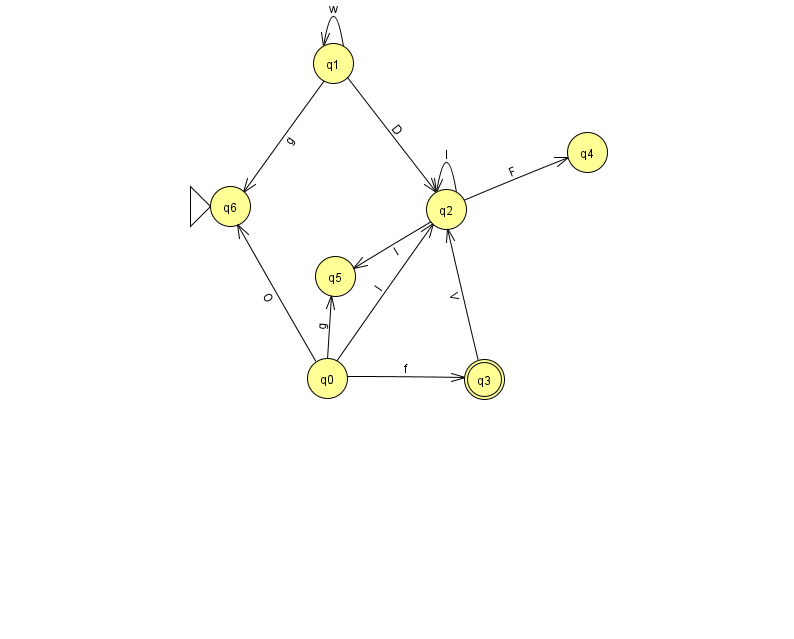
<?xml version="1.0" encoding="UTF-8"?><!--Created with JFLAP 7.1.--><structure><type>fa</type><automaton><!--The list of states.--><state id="0" name="q0"><x>327.0</x><y>365.0</y></state><state id="1" name="q1"><x>333.0</x><y>50.0</y></state><state id="2" name="q2"><x>446.0</x><y>196.0</y></state><state id="3" name="q3"><x>484.0</x><y>366.0</y><final/></state><state id="4" name="q4"><x>587.0</x><y>139.0</y></state><state id="5" name="q5"><x>335.0</x><y>263.0</y></state><state id="6" name="q6"><x>230.0</x><y>193.0</y><initial/></state><!--The list of transitions.--><transition><from>1</from><to>2</to><read>D</read></transition><transition><from>1</from><to>6</to><read>g</read></transition><transition><from>0</from><to>5</to><read>g</read></transition><transition><from>1</from><to>1</to><read>w</read></transition><transition><from>2</from><to>2</to><read>I</read></transition><transition><from>0</from><to>3</to><read>f</read></transition><transition><from>3</from><to>2</to><read>V</read></transition><transition><from>0</from><to>2</to><read>l</read></transition><transition><from>0</from><to>6</to><read>O</read></transition><transition><from>2</from><to>5</to><read>I</read></transition><transition><from>2</from><to>4</to><read>F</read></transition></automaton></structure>